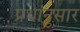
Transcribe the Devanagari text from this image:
प्रथांनुसार